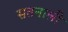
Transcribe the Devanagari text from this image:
सतनाली